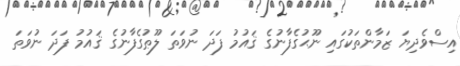
އިސްވެދިޔަ ޒަމާންތަކުގައި ނޫޙުގެފާނުގެ ޤައުމު ފަދަ ނުވަތަ ލޫޠުގެފާނުގެ ޤައުމު ފަދަ ނުވަތަ